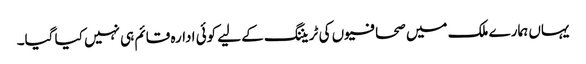
یہاں ہمارے ملک میں صحافیوں کی ٹریننگ کے لیے کوئی ادارہ قائم ہی نہیں کیا گیا۔